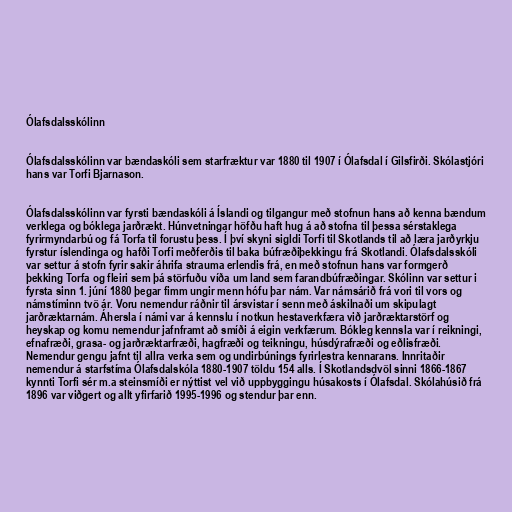
Ólafsdalsskólinn

Ólafsdalsskólinn var bændaskóli sem starfræktur var 1880 til 1907 í Ólafsdal í Gilsfirði. Skólastjóri
hans var Torfi Bjarnason.

Ólafsdalsskólinn var fyrsti bændaskóli á Íslandi og tilgangur með stofnun hans að kenna bændum
verklega og bóklega jarðrækt. Húnvetningar höfðu haft hug á að stofna til þessa sérstaklega
fyrirmyndarbú og fá Torfa til forustu þess. Í því skyni sigldi Torfi til Skotlands til að læra jarðyrkju
fyrstur íslendinga og hafði Torfi meðferðis til baka búfræðiþekkingu frá Skotlandi. Ólafsdalsskóli
var settur á stofn fyrir sakir áhrifa strauma erlendis frá, en með stofnun hans var formgerð
þekking Torfa og fleiri sem þá störfuðu víða um land sem farandbúfræðingar. Skólinn var settur i
fyrsta sinn 1. júní 1880 þegar fimm ungir menn hófu þar nám. Var námsárið frá vori til vors og
námstíminn tvö ár. Voru nemendur ráðnir til ársvistar í senn með áskilnaði um skipulagt
jarðræktarnám. Áhersla í námi var á kennslu í notkun hestaverkfæra við jarðræktarstörf og
heyskap og komu nemendur jafnframt að smíði á eigin verkfærum. Bókleg kennsla var í reikningi,
efnafræði, grasa- og jarðræktarfræði, hagfræði og teikningu, húsdýrafræði og eðlisfræði.
Nemendur gengu jafnt til allra verka sem og undirbúnings fyrirlestra kennarans. Innritaðir
nemendur á starfstíma Ólafsdalskóla 1880-1907 töldu 154 alls. Í Skotlandsdvöl sinni 1866-1867
kynnti Torfi sér m.a steinsmíði er nýttist vel við uppbyggingu húsakosts í Ólafsdal. Skólahúsið frá
1896 var viðgert og allt yfirfarið 1995-1996 og stendur þar enn.